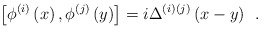
\begin{align*}\left[ \phi ^{(i)}\left( x\right) ,\phi ^{(j)}\left( y\right) \right]=i\Delta ^{(i)}{}^{(j)}\left( x-y\right) \;\,.\end{align*}